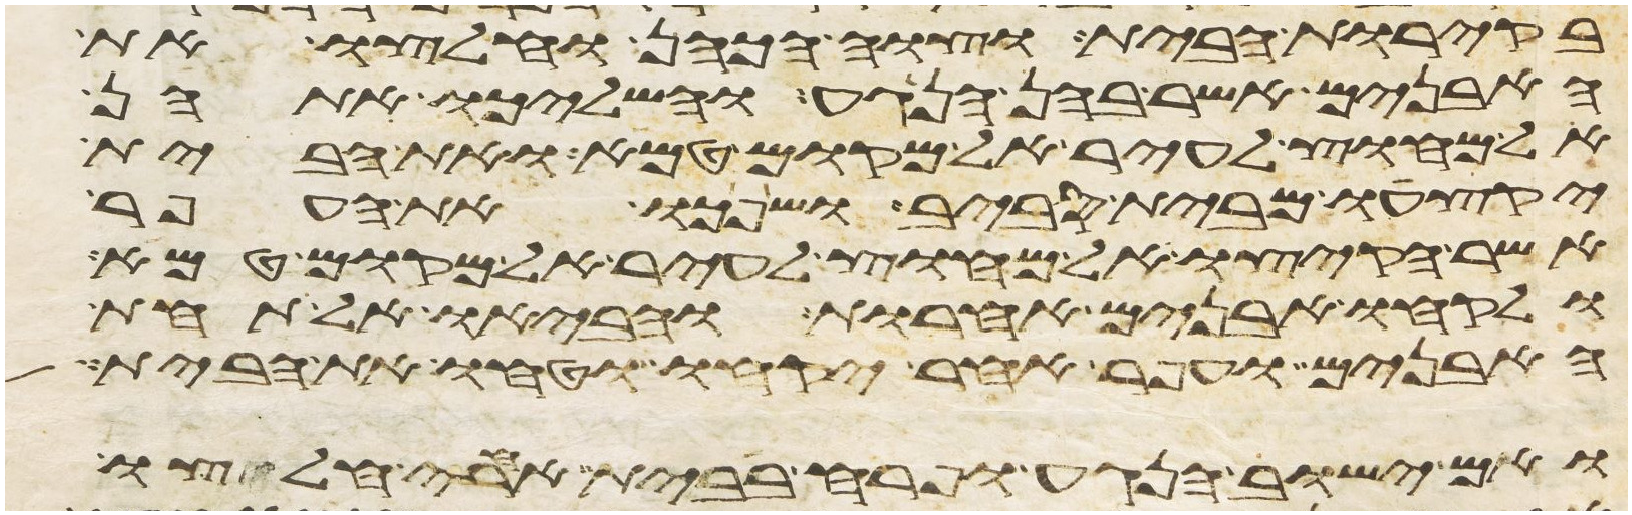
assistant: בקירות הבית וצוה הכהן וחלצו את
האבנים אשר בהן הנגע והשליכו אתהן
אל מחוץ לעיר אל מקום טמא ואת הבית
יקצעו מבית סביב ושפכו את העפר
אשר הקיצו אל מחוץ לעיר אל מקום טמא
ולקחו אבנים אחרות והביאו אל תחת
האבנים ועפר אחר יקחו וטחו את הבית
ואם ישוב הנגע ופרח בבית אחרי חלצו